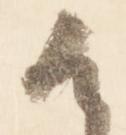
候